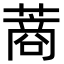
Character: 蔏